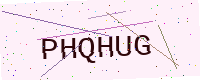
Text: PHQHUG